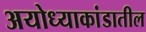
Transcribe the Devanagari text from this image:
अयोध्याकांडातील